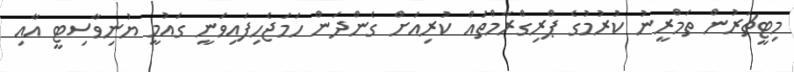
މިޓީޗަރުން ތަމްރީނު ކުރުމުގެ ޕްރިގްރާމްތައް ކުރިއަށް ގެންދަން ހަމަޖެހިފައިވަނީ ގައުމީ ޔުނިވާސިޓީ އާއި